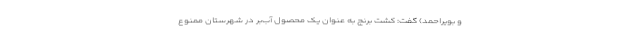
و بویراحمد) گفت: کشت برنج به عنوان یک محصول آب‌بر در شهرستان ممنوع